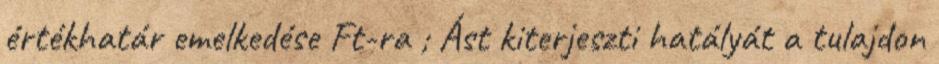
értékhatár emelkedése Ft-ra ; Ást kiterjeszti hatályát a tulajdon